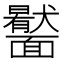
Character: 𩉎